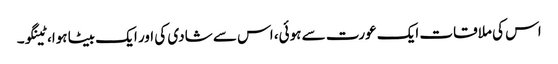
اس کی ملاقات ایک عورت سے ہوئی، اس سے شادی کی اور ایک بیٹا ہوا، ٹینگو۔